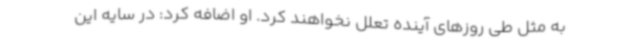
به مثل طی روزهای آینده تعلل نخواهند کرد. او اضافه کرد: در سایه این